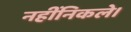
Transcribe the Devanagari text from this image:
नहींनिकले।